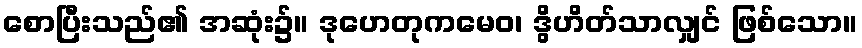
စောပြီးသည်၏ အဆုံး၌။ ဒုဟေတုကမေဝ၊ ဒွိဟိတ်သာလျှင် ဖြစ်သော။